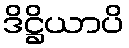
ဒိဋ္ဌိယာပိ